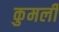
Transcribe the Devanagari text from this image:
कुमली